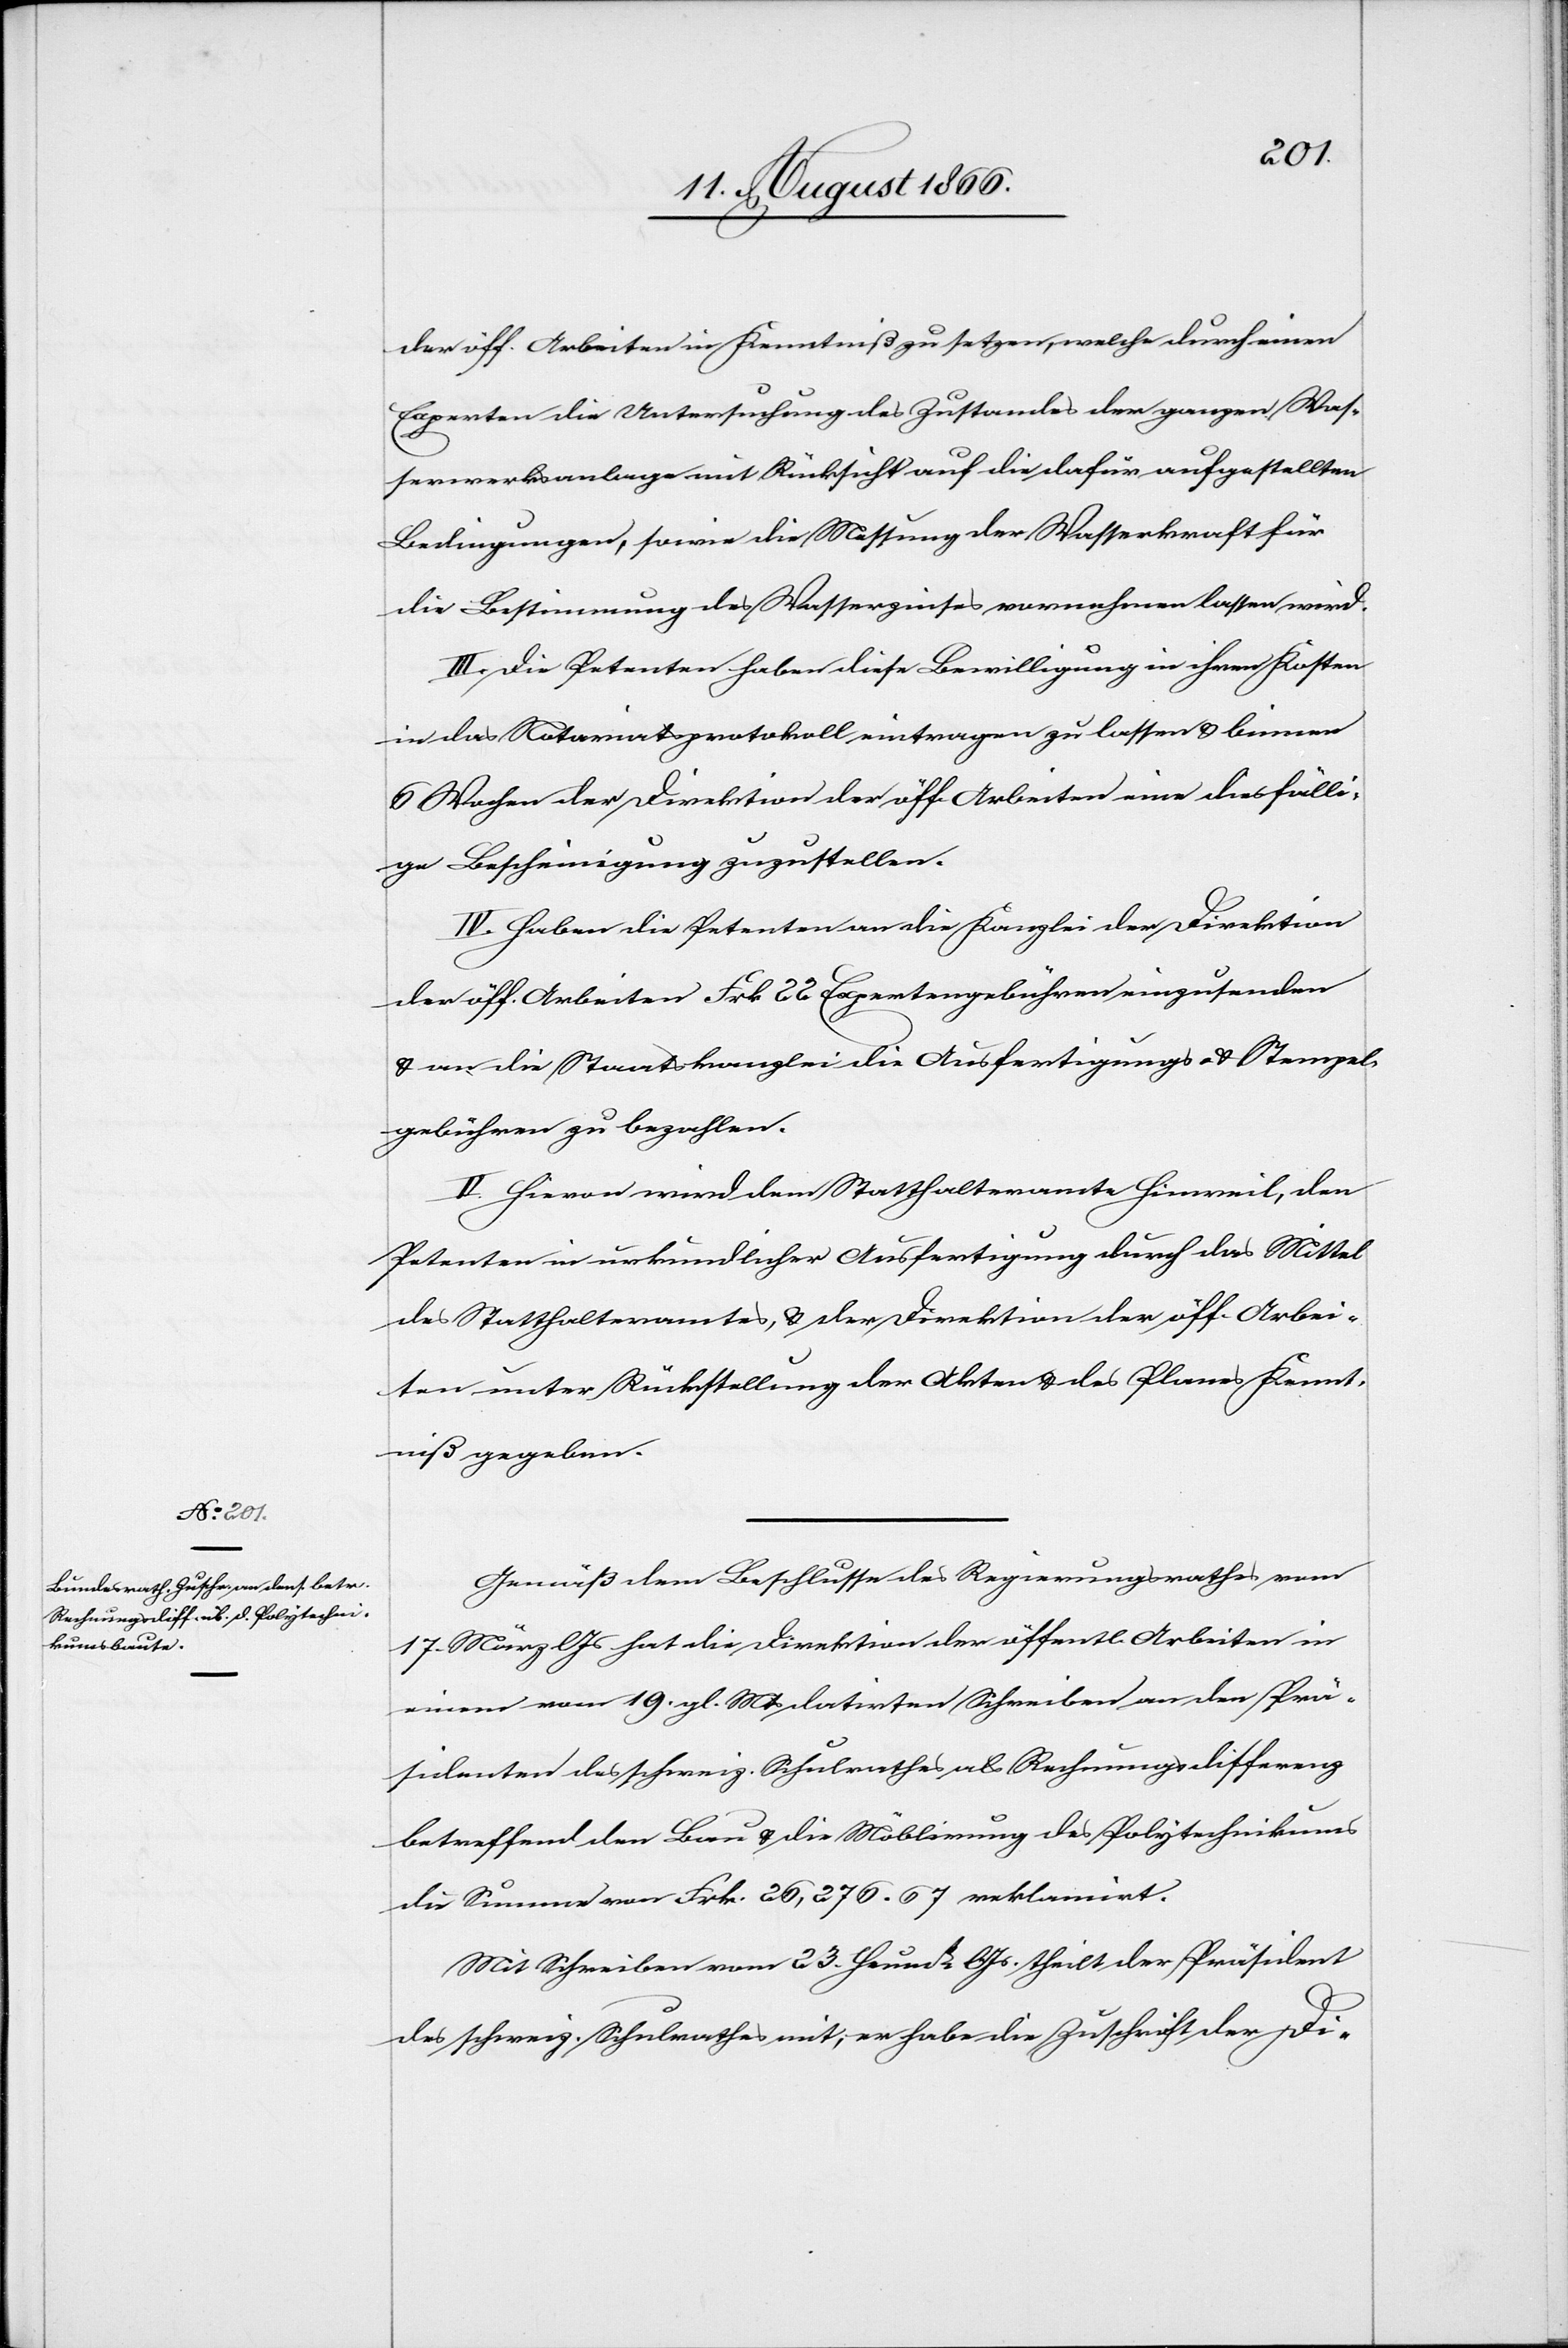
der öff. Arbeiten in Kenntniß zu setzen, welche durch einen
Experten die Untersuchung des Zustandes der ganzen Was¬
serwerksanlage mit Rücksicht auf die dafür aufgestellten
Bedingungen, sowie die Messung der Wasserkraft für
die Bestimmung des Wasserzinses vornehmen lassen wird.
III. Die Petenten haben diese Bewilligung in ihren Kosten
in das Notariatsprotokoll eintragen zu lassen u. binnen
6 Wochen der Direktion der öff. Arbeiten eine diesfälli¬
ge Bescheinigung zuzustellen.
IV. Haben die Petenten an die Kanzlei der Direktion
der öff. Arbeiten Frk. 22 Expertengebühren einzusenden
u. an die Staatskanzlei die Ausfertigungs- u. Stempel¬
gebühren zu bezahlen.
V. Hievon wird dem Statthalteramte Hinweil, den
Petenten in urkundlicher Ausfertigung durch das Mittel
des Statthalteramtes, u. der Direktion der öff. Arbei¬
ten unter Rückstellung der Akten u. des Planes Kennt¬
niß gegeben.
Gemäß dem Beschlusse des Regierungsrathes vom
17. März lJs hat die Direktion der öffentl. Arbeiten in
einem vom 19. gl. Mts. datirten Schreiben an den Prä¬
sidenten des schweiz. Schulrathes als Rechnungsdifferenz
betreffend den Bau u. die Möbilirung des Polytechnikums
die Summe von Frk. 26 276.67 reklamirt.
Mit Schreiben vom 23. Heum[onat] lJs. theilt der Präsident
des schweiz. Schulrathes mit, er habe die Zuschrift der Di-